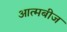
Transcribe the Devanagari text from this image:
आत्मबीज